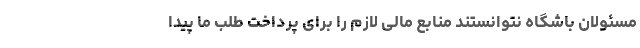
مسئولان باشگاه نتوانستند منابع مالی لازم را برای پرداخت طلب ما پیدا